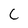
Character: c